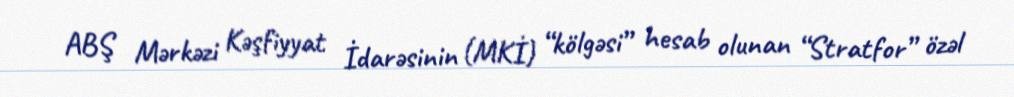
ABŞ Mərkəzi Kəşfiyyat İdarəsinin (MKİ) “kölgəsi” hesab olunan “Stratfor” özəl